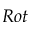
R o t